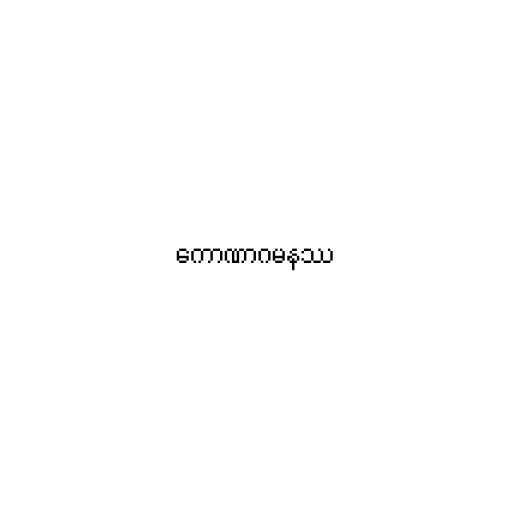
ကောဏာဂမနဿ